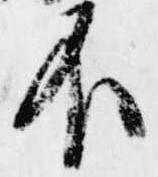
不